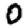
Digit: 0